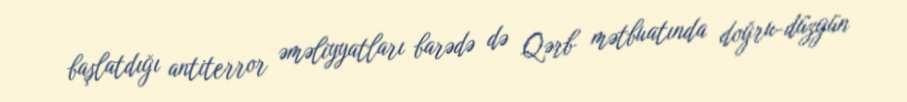
başlatdığı antiterror əməliyyatları barədə də Qərb mətbuatında doğru-düzgün